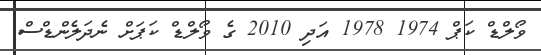
ވޯލްޑް ކަޕް 1974 1978 އަދި 2010 ގެ ވޯލްޑް ކަޕަށް ނެދަލެންޑްސް